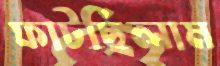
ফাটছিলাম